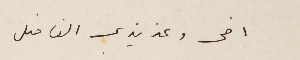
اخى وعزيزي الفاضل